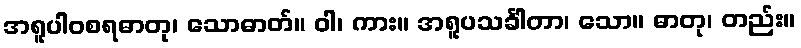
အရူပါဝစရဓာတု၊ သောဓာတ်။ ဝါ၊ ကား။ အရူပသင်္ခါတာ၊ သော။ ဓာတု၊ တည်း။